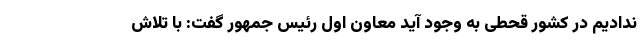
ندادیم در کشور قحطی به وجود آید معاون اول رئیس جمهور گفت: با تلاش